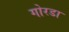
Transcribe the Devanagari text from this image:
गोरडा